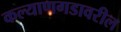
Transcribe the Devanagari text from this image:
कल्याणगडावरील